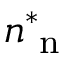
n _ { \mathrm { ~ n ~ } } ^ { \ast }